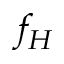
f _ { H }